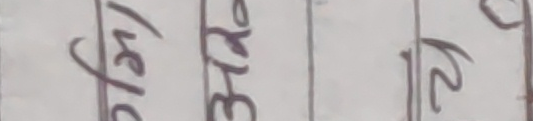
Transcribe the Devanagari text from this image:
बेहोस ३१६ २१